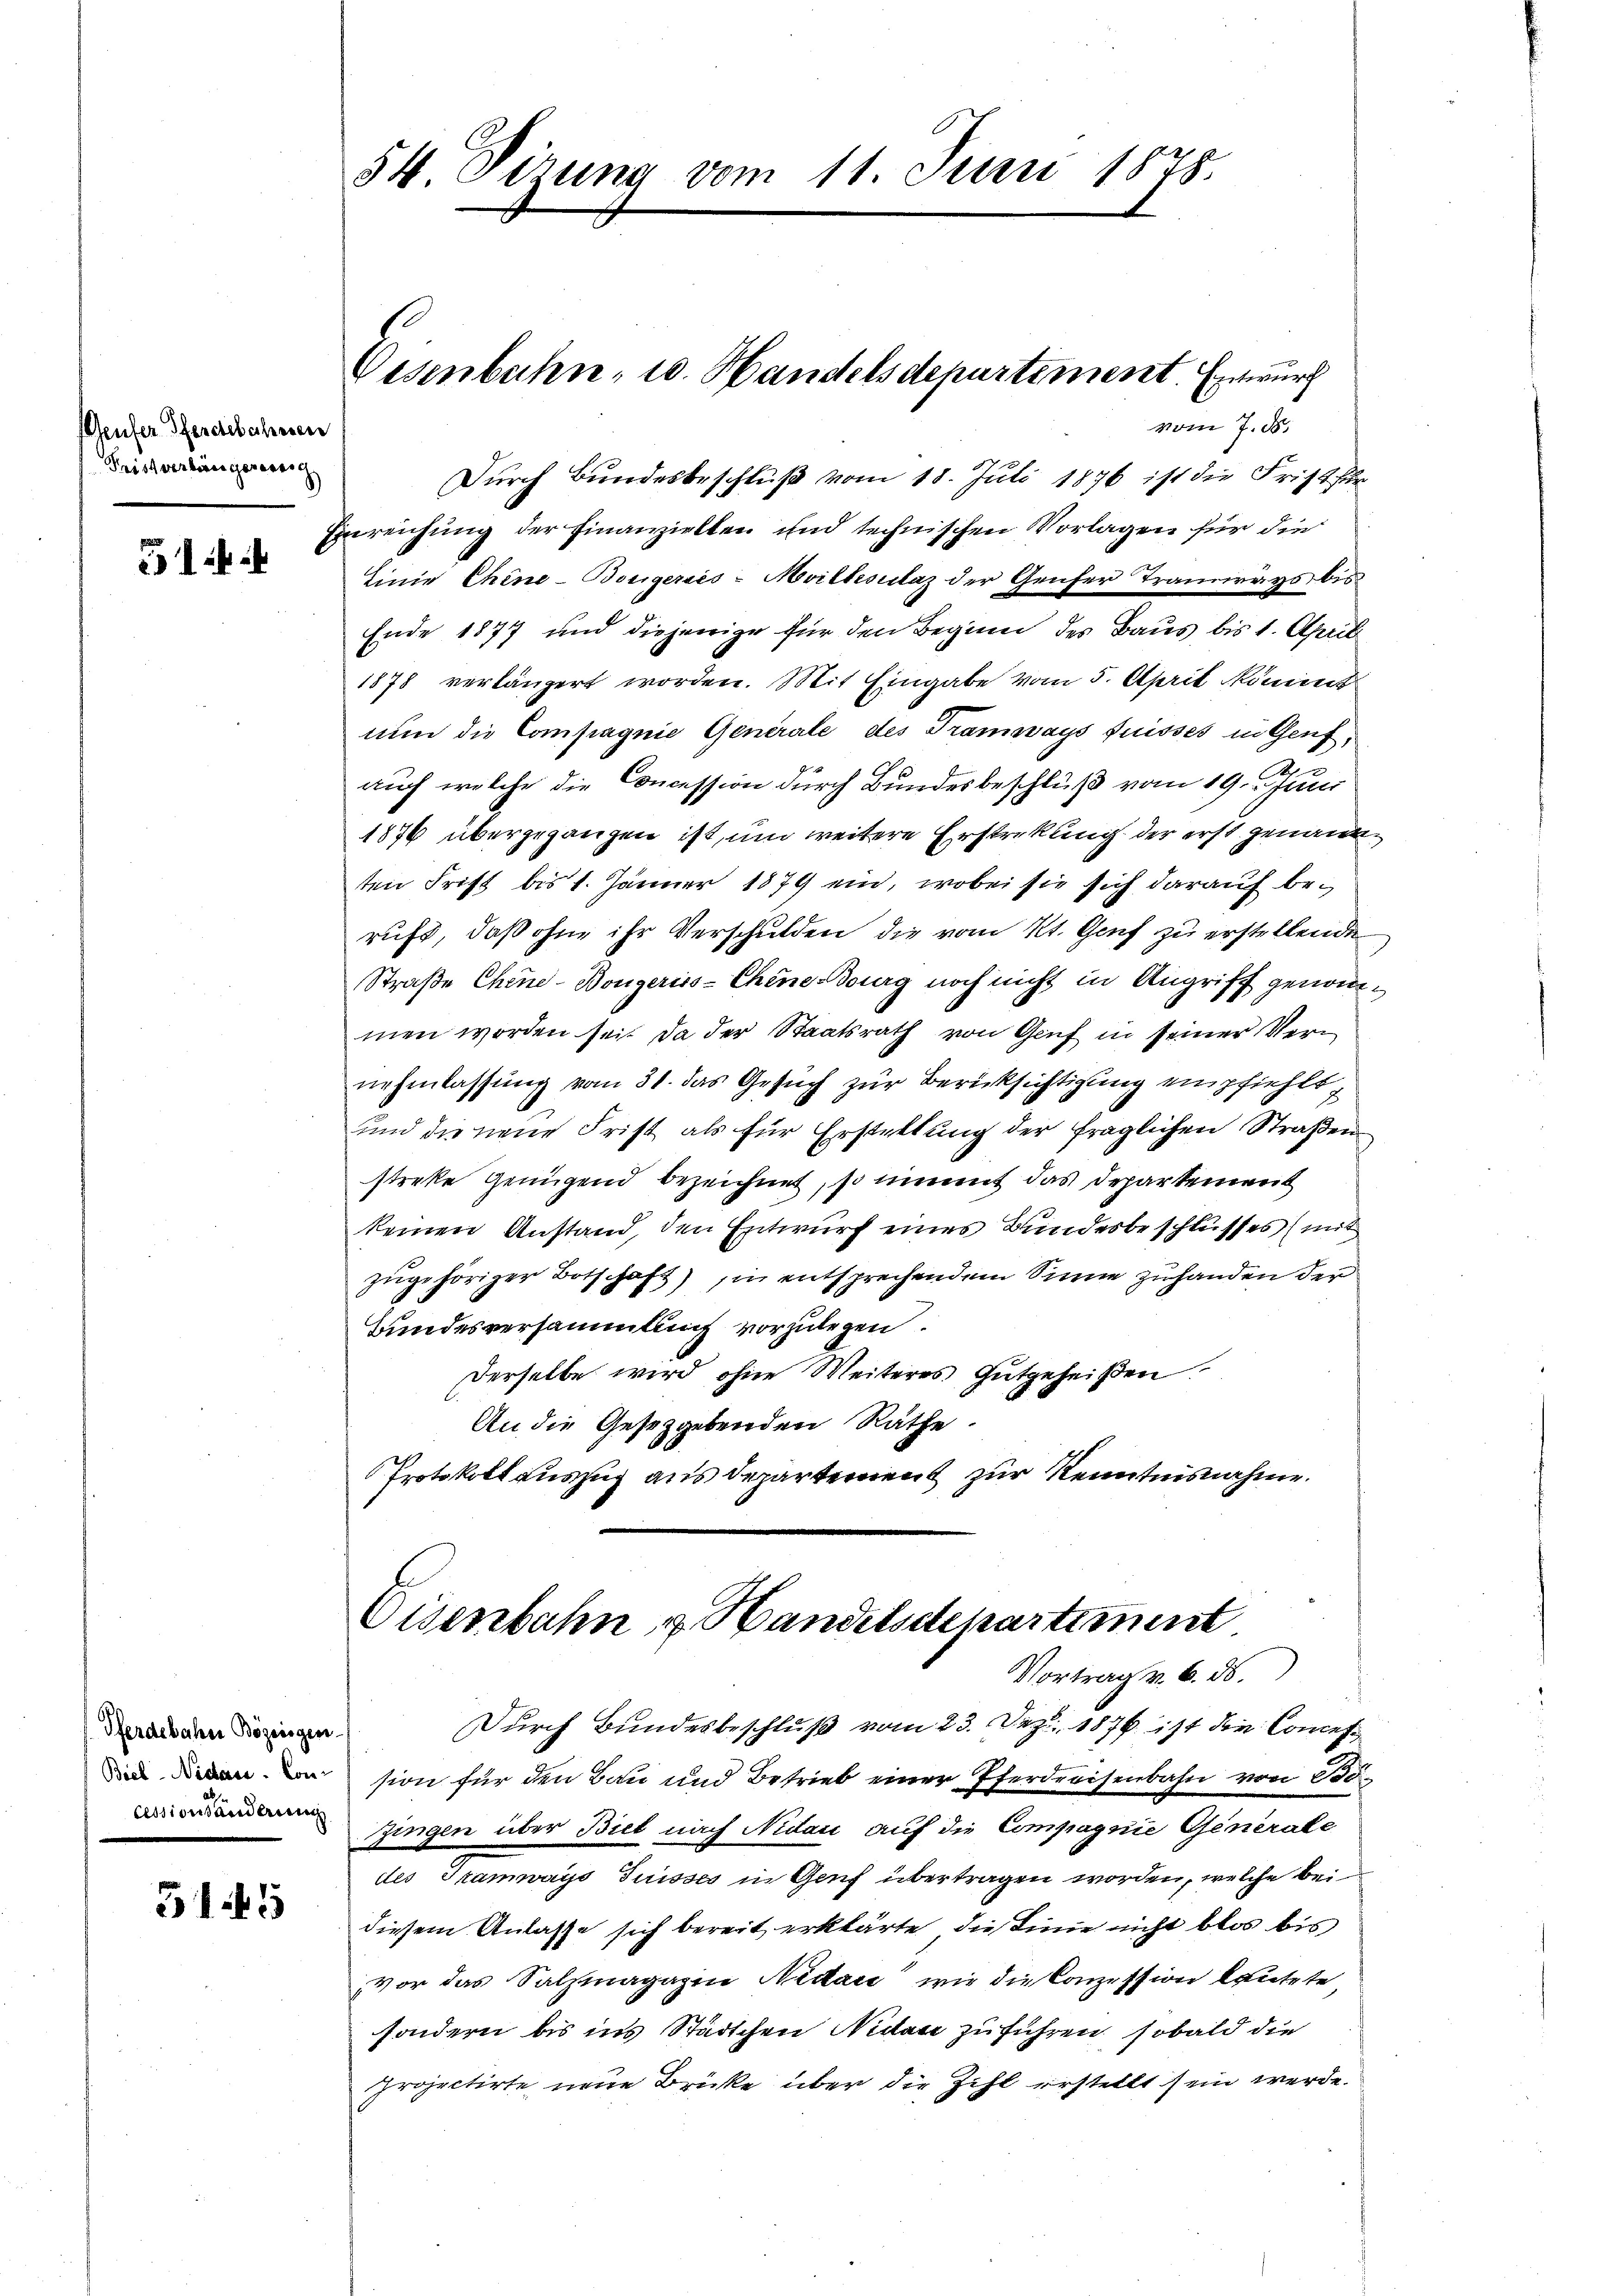
54 Vizung vom 11. Juni 1878.

Eisenbahn- u. Handelsdepartiment. Entwurf

vom 7. d.
Durch Bundesbeschluß vom 18. Juli 1876 ist die Frist für
Einreichung der Finanzielten und technischen Vorlagen für die
Einie Chine-Borigersis-Moiltesulaz der Genfer Traunrays bis
Ende 1877 und diejenige für den Beginn des Baus bis 1. April
1878 verlängert worden. Mit Eingabe vom 5. April kommt
nun die Compagnie Generale des Tramways fuisses in Genf,
2.
auch welche die Concession durch Bundesbeschluß vom 19. Juni
1876 übergegangen ist, und weitere Ersterkung der erst genann
ten Frist bis 1. Jänner 1879 ein, wobei sie sich darauf beruft, daß ohne ihr Verschulden, die vom Kt. Genf zu erstellenden
Straße Chine-Bongeriss-Chine Bourg noch nicht in Angriff genommen worden sei. Da der Staatsrath von Genf in seiner Vernehmlassung vom 31. das Gesuch zur Berücksichtigung empfiehlt,
und die neue Frist als für Erstellung der fraglichen Straßen
streke Genügend bezeichnet, so nimmt das Departement
keinen Anstand, den Entwurf eines Bundesbeschlusses (mit
zugehöriger Botschaft), in entsprechendem Sinne zuhanden der
Bundesversammlung vorzulegen.
Derselbe wird ohne Weiteres Gutgeheißen
An die Gesetzgebenden Räthe.
Protokoll auszug aus Departement zur Kenntnisnahme.

Geufer Pferdebahren
Fristverhängereinig

51

Eisenbahn u. Handelsdepartiment
Vortrag v. 6. ds.

Durch Bundesbeschluß vom 23. Dez. 1876 ist die Concession für den Bau und Betrieb einer Pferdreisenbahn von Bö
 Zingen über Biel nach Nidau auf die Compagnie Generale
des Tramways Suisses in Genf übertragen worden, welche bei
diesem Anlasse sich bereit erklärte, die Linie nicht blos bis
vor das Salzmagazin Nidace wie die Conzession lautete
sondern bis ins Städtchen Nidau zuführen, sobald die
projectirte neue Brücke über die Zihl erstellt sein werde.

Pferdebahn Bözeisger
Biel, Nideres. Con¬

515